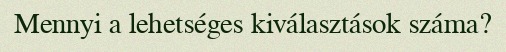
Mennyi a lehetséges kiválasztások száma?